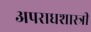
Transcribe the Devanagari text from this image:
अपराधशास्त्री